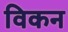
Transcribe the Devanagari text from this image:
विकन